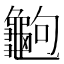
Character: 𪚶